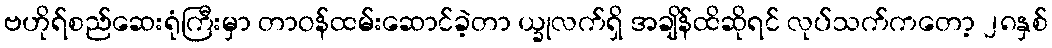
ဗဟိုရ်စည်ဆေးရုံကြီးမှာ တာဝန်ထမ်းဆောင်ခဲ့တာ ယ္ခုလက်ရှိ အချိန်ထိဆိုရင် လုပ်သက်ကတော့ ၂၈နှစ်